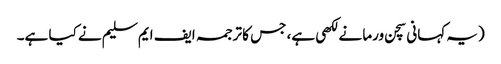
(یہ کہانی سچن ورما نے لکھی ہے، جس کا ترجمہ ایف ایم سلیم نے کیا ہے۔